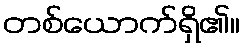
တစ်ယောက်ရှိ၏။